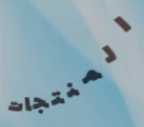
المنتجات